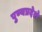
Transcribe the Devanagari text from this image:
पुण्यप्रदेशे